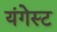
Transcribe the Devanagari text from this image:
यंगेस्ट